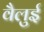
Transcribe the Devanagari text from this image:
वैलुई